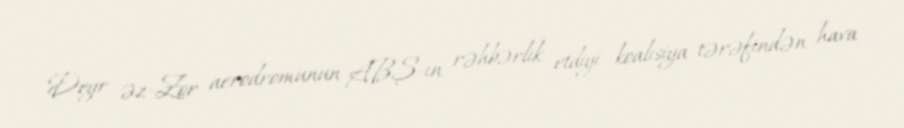
Deyr əz-Zor aerodromunun ABŞ-ın rəhbərlik etdiyi koalisiya tərəfindən hava